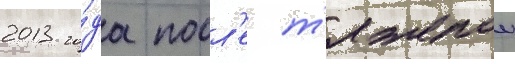
2013 го́да посл'е т'яжелои